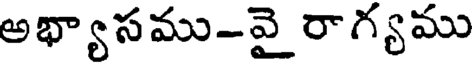
అభ్యాసము-వై రాగ్యము